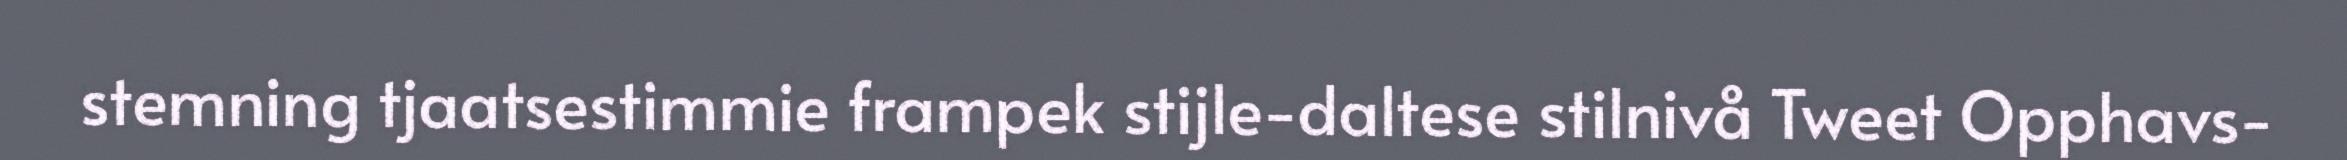
stemning tjaatsestimmie frampek stijle-daltese stilnivå Tweet Opphavs-